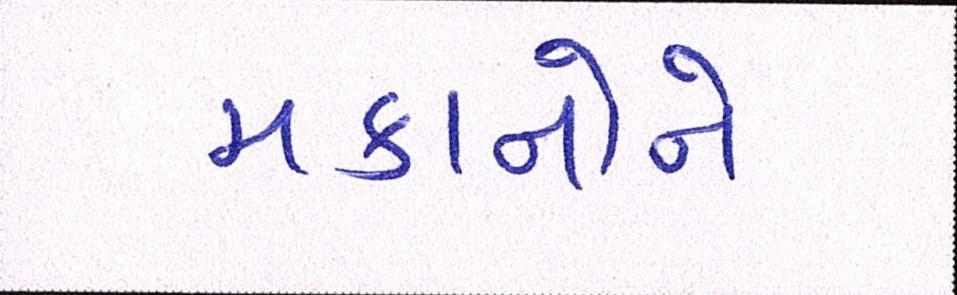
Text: મકાનોને